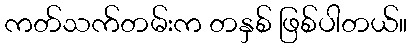
ကတ်သက်တမ်းက တနှစ် ဖြစ်ပါတယ်။